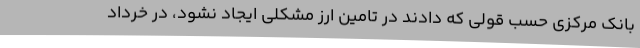
بانک مرکزی حسب قولی که دادند در تامین ارز مشکلی ایجاد نشود، در خرداد